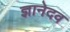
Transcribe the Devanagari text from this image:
ज्ञानेदव